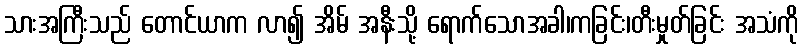
သားအကြီးသည် တောင်ယာက လာ၍ အိမ် အနီးသို့ ရောက်သောအခါ၊ကခြင်း၊တီးမှုတ်ခြင်း အသံကို